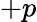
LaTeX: +p